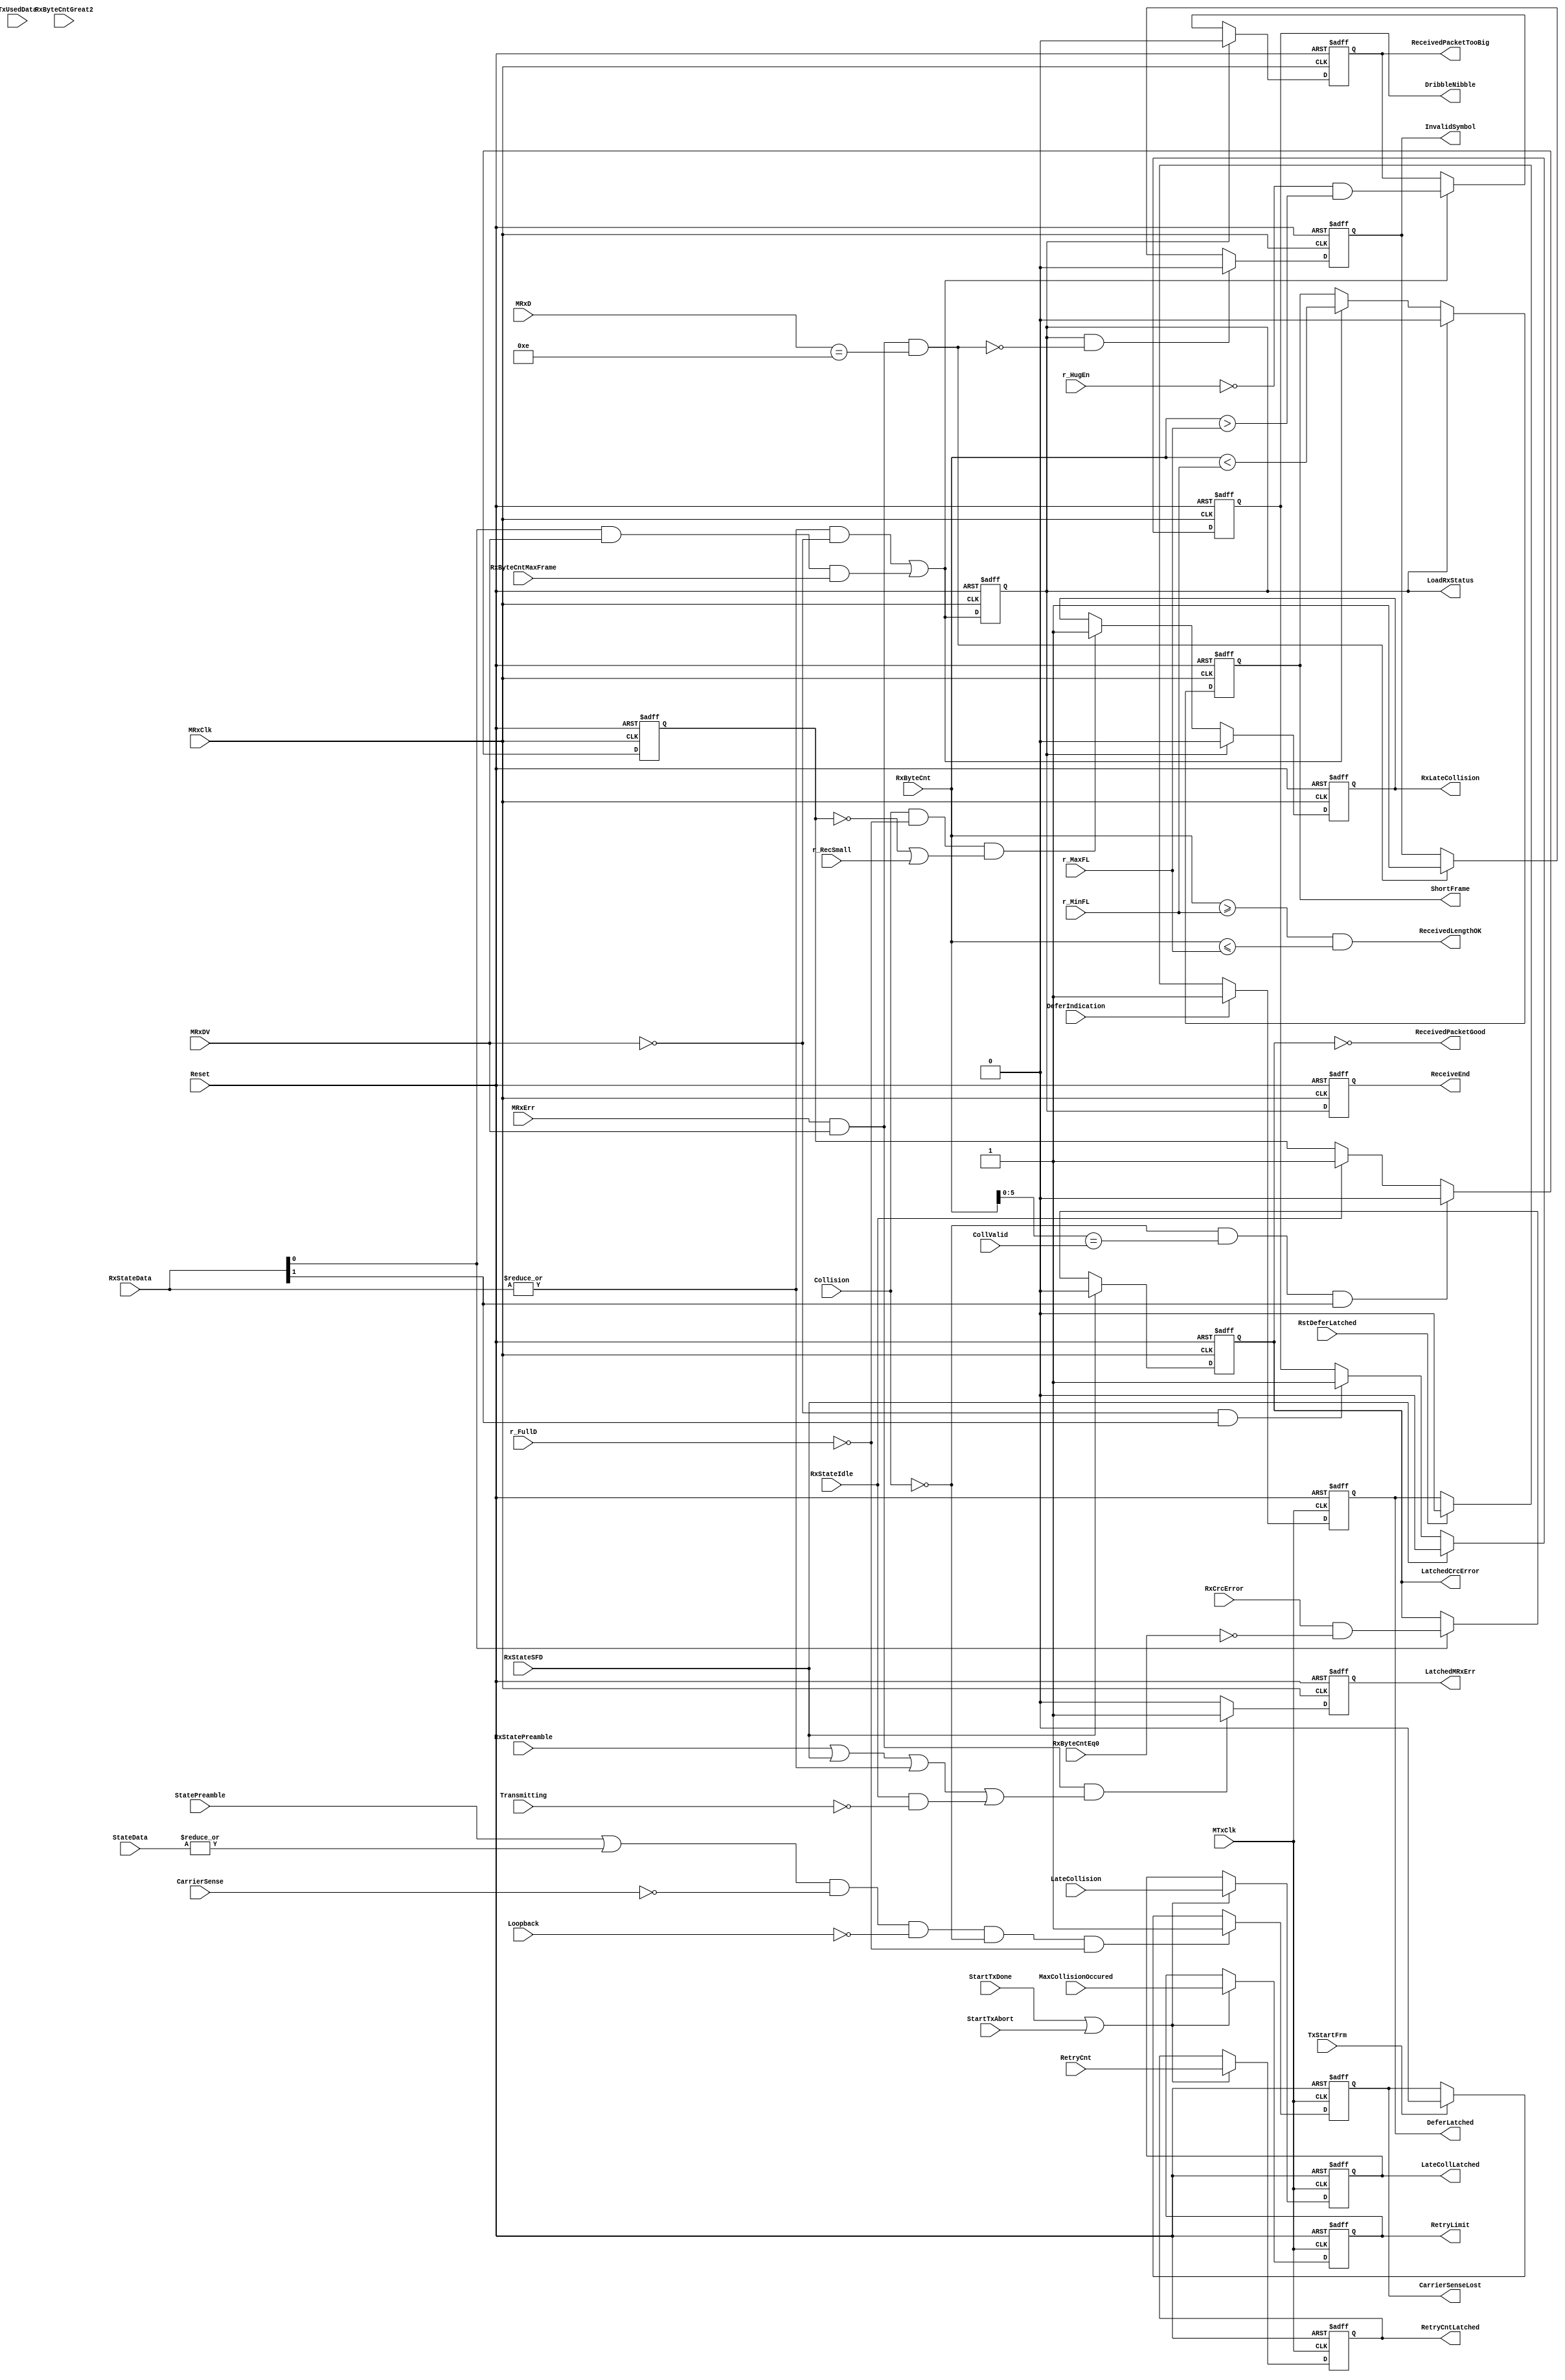
// This program was cloned from: https://github.com/NYU-MLDA/OpenABC
// License: BSD 3-Clause "New" or "Revised" License

module eth_macstatus(
                      MRxClk, Reset, ReceivedLengthOK, ReceiveEnd, ReceivedPacketGood, RxCrcError, 
                      MRxErr, MRxDV, RxStateSFD, RxStateData, RxStatePreamble, RxStateIdle, Transmitting, 
                      RxByteCnt, RxByteCntEq0, RxByteCntGreat2, RxByteCntMaxFrame, 
                      InvalidSymbol, MRxD, LatchedCrcError, Collision, CollValid, RxLateCollision,
                      r_RecSmall, r_MinFL, r_MaxFL, ShortFrame, DribbleNibble, ReceivedPacketTooBig, r_HugEn,
                      LoadRxStatus, StartTxDone, StartTxAbort, RetryCnt, RetryCntLatched, MTxClk, MaxCollisionOccured, 
                      RetryLimit, LateCollision, LateCollLatched, DeferIndication, DeferLatched, RstDeferLatched, TxStartFrm,
                      StatePreamble, StateData, CarrierSense, CarrierSenseLost, TxUsedData, LatchedMRxErr, Loopback, 
                      r_FullD
                    );




input         MRxClk;
input         Reset;
input         RxCrcError;
input         MRxErr;
input         MRxDV;

input         RxStateSFD;
input   [1:0] RxStateData;
input         RxStatePreamble;
input         RxStateIdle;
input         Transmitting;
input  [15:0] RxByteCnt;
input         RxByteCntEq0;
input         RxByteCntGreat2;
input         RxByteCntMaxFrame;
input   [3:0] MRxD;
input         Collision;
input   [5:0] CollValid;
input         r_RecSmall;
input  [15:0] r_MinFL;
input  [15:0] r_MaxFL;
input         r_HugEn;
input         StartTxDone;
input         StartTxAbort;
input   [3:0] RetryCnt;
input         MTxClk;
input         MaxCollisionOccured;
input         LateCollision;
input         DeferIndication;
input         TxStartFrm;
input         StatePreamble;
input   [1:0] StateData;
input         CarrierSense;
input         TxUsedData;
input         Loopback;
input         r_FullD;


output        ReceivedLengthOK;
output        ReceiveEnd;
output        ReceivedPacketGood;
output        InvalidSymbol;
output        LatchedCrcError;
output        RxLateCollision;
output        ShortFrame;
output        DribbleNibble;
output        ReceivedPacketTooBig;
output        LoadRxStatus;
output  [3:0] RetryCntLatched;
output        RetryLimit;
output        LateCollLatched;
output        DeferLatched;
input         RstDeferLatched;
output        CarrierSenseLost;
output        LatchedMRxErr;


reg           ReceiveEnd;

reg           LatchedCrcError;
reg           LatchedMRxErr;
reg           LoadRxStatus;
reg           InvalidSymbol;
reg     [3:0] RetryCntLatched;
reg           RetryLimit;
reg           LateCollLatched;
reg           DeferLatched;
reg           CarrierSenseLost;

wire          TakeSample;
wire          SetInvalidSymbol; // Invalid symbol was received during reception in 100Mbps 

// Crc error
always @ (posedge MRxClk or posedge Reset)
begin
  if(Reset)
    LatchedCrcError <= 1'b0;
  else
  if(RxStateSFD)
    LatchedCrcError <= 1'b0;
  else
  if(RxStateData[0])
    LatchedCrcError <= RxCrcError & ~RxByteCntEq0;
end


// LatchedMRxErr
always @ (posedge MRxClk or posedge Reset)
begin
  if(Reset)
    LatchedMRxErr <= 1'b0;
  else
  if(MRxErr & MRxDV & (RxStatePreamble | RxStateSFD | (|RxStateData) | RxStateIdle & ~Transmitting))
    LatchedMRxErr <= 1'b1;
  else
    LatchedMRxErr <= 1'b0;
end


// ReceivedPacketGood
assign ReceivedPacketGood = ~LatchedCrcError;


// ReceivedLengthOK
assign ReceivedLengthOK = RxByteCnt[15:0] >= r_MinFL[15:0] & RxByteCnt[15:0] <= r_MaxFL[15:0];





// Time to take a sample
//assign TakeSample = |RxStateData     & ~MRxDV & RxByteCntGreat2  |
assign TakeSample = (|RxStateData)   & (~MRxDV)                    |
                      RxStateData[0] &   MRxDV & RxByteCntMaxFrame;


// LoadRxStatus
always @ (posedge MRxClk or posedge Reset)
begin
  if(Reset)
    LoadRxStatus <= 1'b0;
  else
    LoadRxStatus <= TakeSample;
end



// ReceiveEnd
always @ (posedge MRxClk or posedge Reset)
begin
  if(Reset)
    ReceiveEnd  <= 1'b0;
  else
    ReceiveEnd  <= LoadRxStatus;                     
end


// Invalid Symbol received during 100Mbps mode
assign SetInvalidSymbol = MRxDV & MRxErr & MRxD[3:0] == 4'he;


// InvalidSymbol
always @ (posedge MRxClk or posedge Reset)
begin
  if(Reset)
    InvalidSymbol <= 1'b0;
  else
  if(LoadRxStatus & ~SetInvalidSymbol)
    InvalidSymbol <= 1'b0;
  else
  if(SetInvalidSymbol)
    InvalidSymbol <= 1'b1;
end


// Late Collision

reg RxLateCollision;
reg RxColWindow;
// Collision Window
always @ (posedge MRxClk or posedge Reset)
begin
  if(Reset)
    RxLateCollision <= 1'b0;
  else
  if(LoadRxStatus)
    RxLateCollision <= 1'b0;
  else
  if(Collision & (~r_FullD) & (~RxColWindow | r_RecSmall))
    RxLateCollision <= 1'b1;
end

// Collision Window
always @ (posedge MRxClk or posedge Reset)
begin
  if(Reset)
    RxColWindow <= 1'b1;
  else
  if(~Collision & RxByteCnt[5:0] == CollValid[5:0] & RxStateData[1])
    RxColWindow <= 1'b0;
  else
  if(RxStateIdle)
    RxColWindow <= 1'b1;
end


// ShortFrame
reg ShortFrame;
always @ (posedge MRxClk or posedge Reset)
begin
  if(Reset)
    ShortFrame <= 1'b0;
  else
  if(LoadRxStatus)
    ShortFrame <= 1'b0;
  else
  if(TakeSample)
    ShortFrame <= RxByteCnt[15:0] < r_MinFL[15:0];
end


// DribbleNibble
reg DribbleNibble;
always @ (posedge MRxClk or posedge Reset)
begin
  if(Reset)
    DribbleNibble <= 1'b0;
  else
  if(RxStateSFD)
    DribbleNibble <= 1'b0;
  else
  if(~MRxDV & RxStateData[1])
    DribbleNibble <= 1'b1;
end


reg ReceivedPacketTooBig;
always @ (posedge MRxClk or posedge Reset)
begin
  if(Reset)
    ReceivedPacketTooBig <= 1'b0;
  else
  if(LoadRxStatus)
    ReceivedPacketTooBig <= 1'b0;
  else
  if(TakeSample)
    ReceivedPacketTooBig <= ~r_HugEn & RxByteCnt[15:0] > r_MaxFL[15:0];
end



// Latched Retry counter for tx status
always @ (posedge MTxClk or posedge Reset)
begin
  if(Reset)
    RetryCntLatched <= 4'h0;
  else
  if(StartTxDone | StartTxAbort)
    RetryCntLatched <= RetryCnt;
end


// Latched Retransmission limit
always @ (posedge MTxClk or posedge Reset)
begin
  if(Reset)
    RetryLimit <= 1'h0;
  else
  if(StartTxDone | StartTxAbort)
    RetryLimit <= MaxCollisionOccured;
end


// Latched Late Collision
always @ (posedge MTxClk or posedge Reset)
begin
  if(Reset)
    LateCollLatched <= 1'b0;
  else
  if(StartTxDone | StartTxAbort)
    LateCollLatched <= LateCollision;
end



// Latched Defer state
always @ (posedge MTxClk or posedge Reset)
begin
  if(Reset)
    DeferLatched <= 1'b0;
  else
  if(DeferIndication)
    DeferLatched <= 1'b1;
  else
  if(RstDeferLatched)
    DeferLatched <= 1'b0;
end


// CarrierSenseLost
always @ (posedge MTxClk or posedge Reset)
begin
  if(Reset)
    CarrierSenseLost <= 1'b0;
  else
  if((StatePreamble | (|StateData)) & ~CarrierSense & ~Loopback & ~Collision & ~r_FullD)
    CarrierSenseLost <= 1'b1;
  else
  if(TxStartFrm)
    CarrierSenseLost <= 1'b0;
end


endmodule